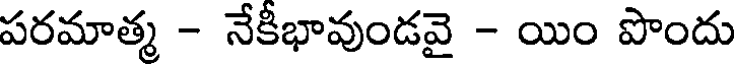
పరమాత్మ - నేకీభావుండవై - యిం పొందు